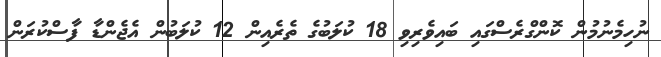
ނުހިމެނުމުން ކޮންގްރެސްގައި ބައިވެރިވި 18 ކުލަބުގެ ތެރެއިން 12 ކުލަބުން އެޖެންޑާ ފާސްކުރަން